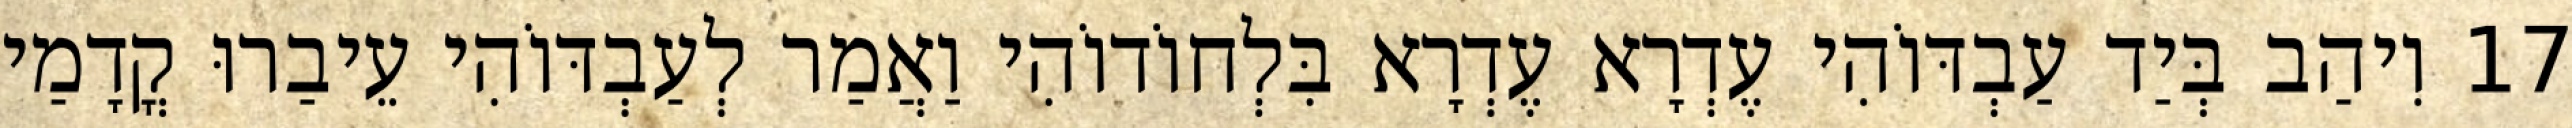
17 וִיהַב בְּיַד עַבְדּוֹהִי עֶדְרָא עֶדְרָא בִּלְחוֹדוֹהִי וַאֲמַר לְעַבְדּוֹהִי עֵיבַרוּ קֳדָמַי